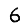
Digit: 6